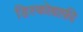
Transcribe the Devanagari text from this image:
डिस्कोग्राफ़ी